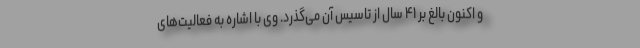
و اکنون بالغ بر ۴۱ سال از تاسیس آن می‌گذرد. وی با اشاره به فعالیت‌های